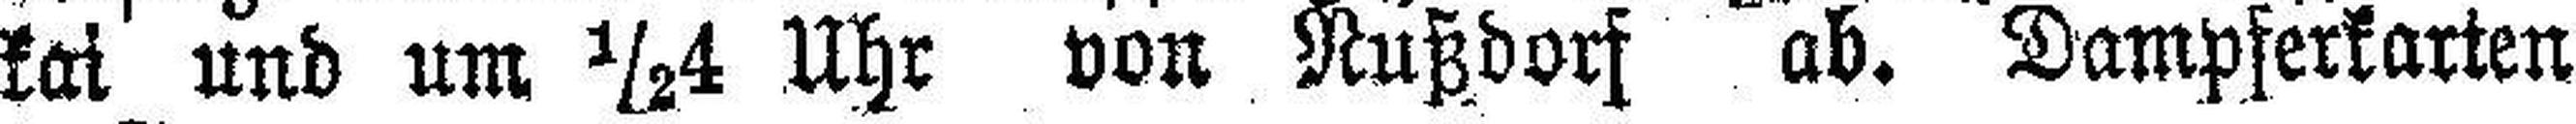
kai und um ½4 Uhr von Nußdorf ab. Dampferkarten